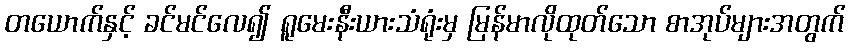
တယောက်နှင့် ခင်မင်လေ၍ ရူမေးနီးယားသံရုံးမှ မြန်မာလိုထုတ်သော စာအုပ်များအတွက်